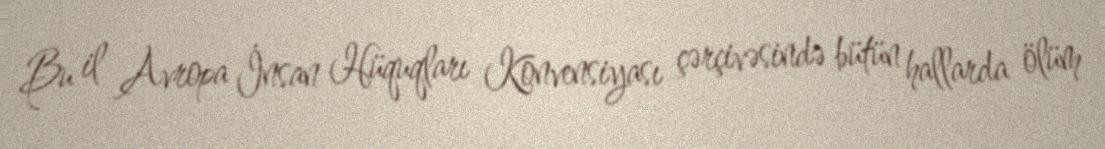
Bu il Avropa İnsan Hüquqları Konvensiyası çərçivəsində bütün hallarda ölüm